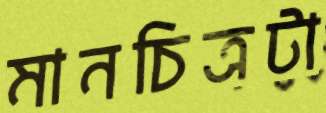
মানচিত্রটা